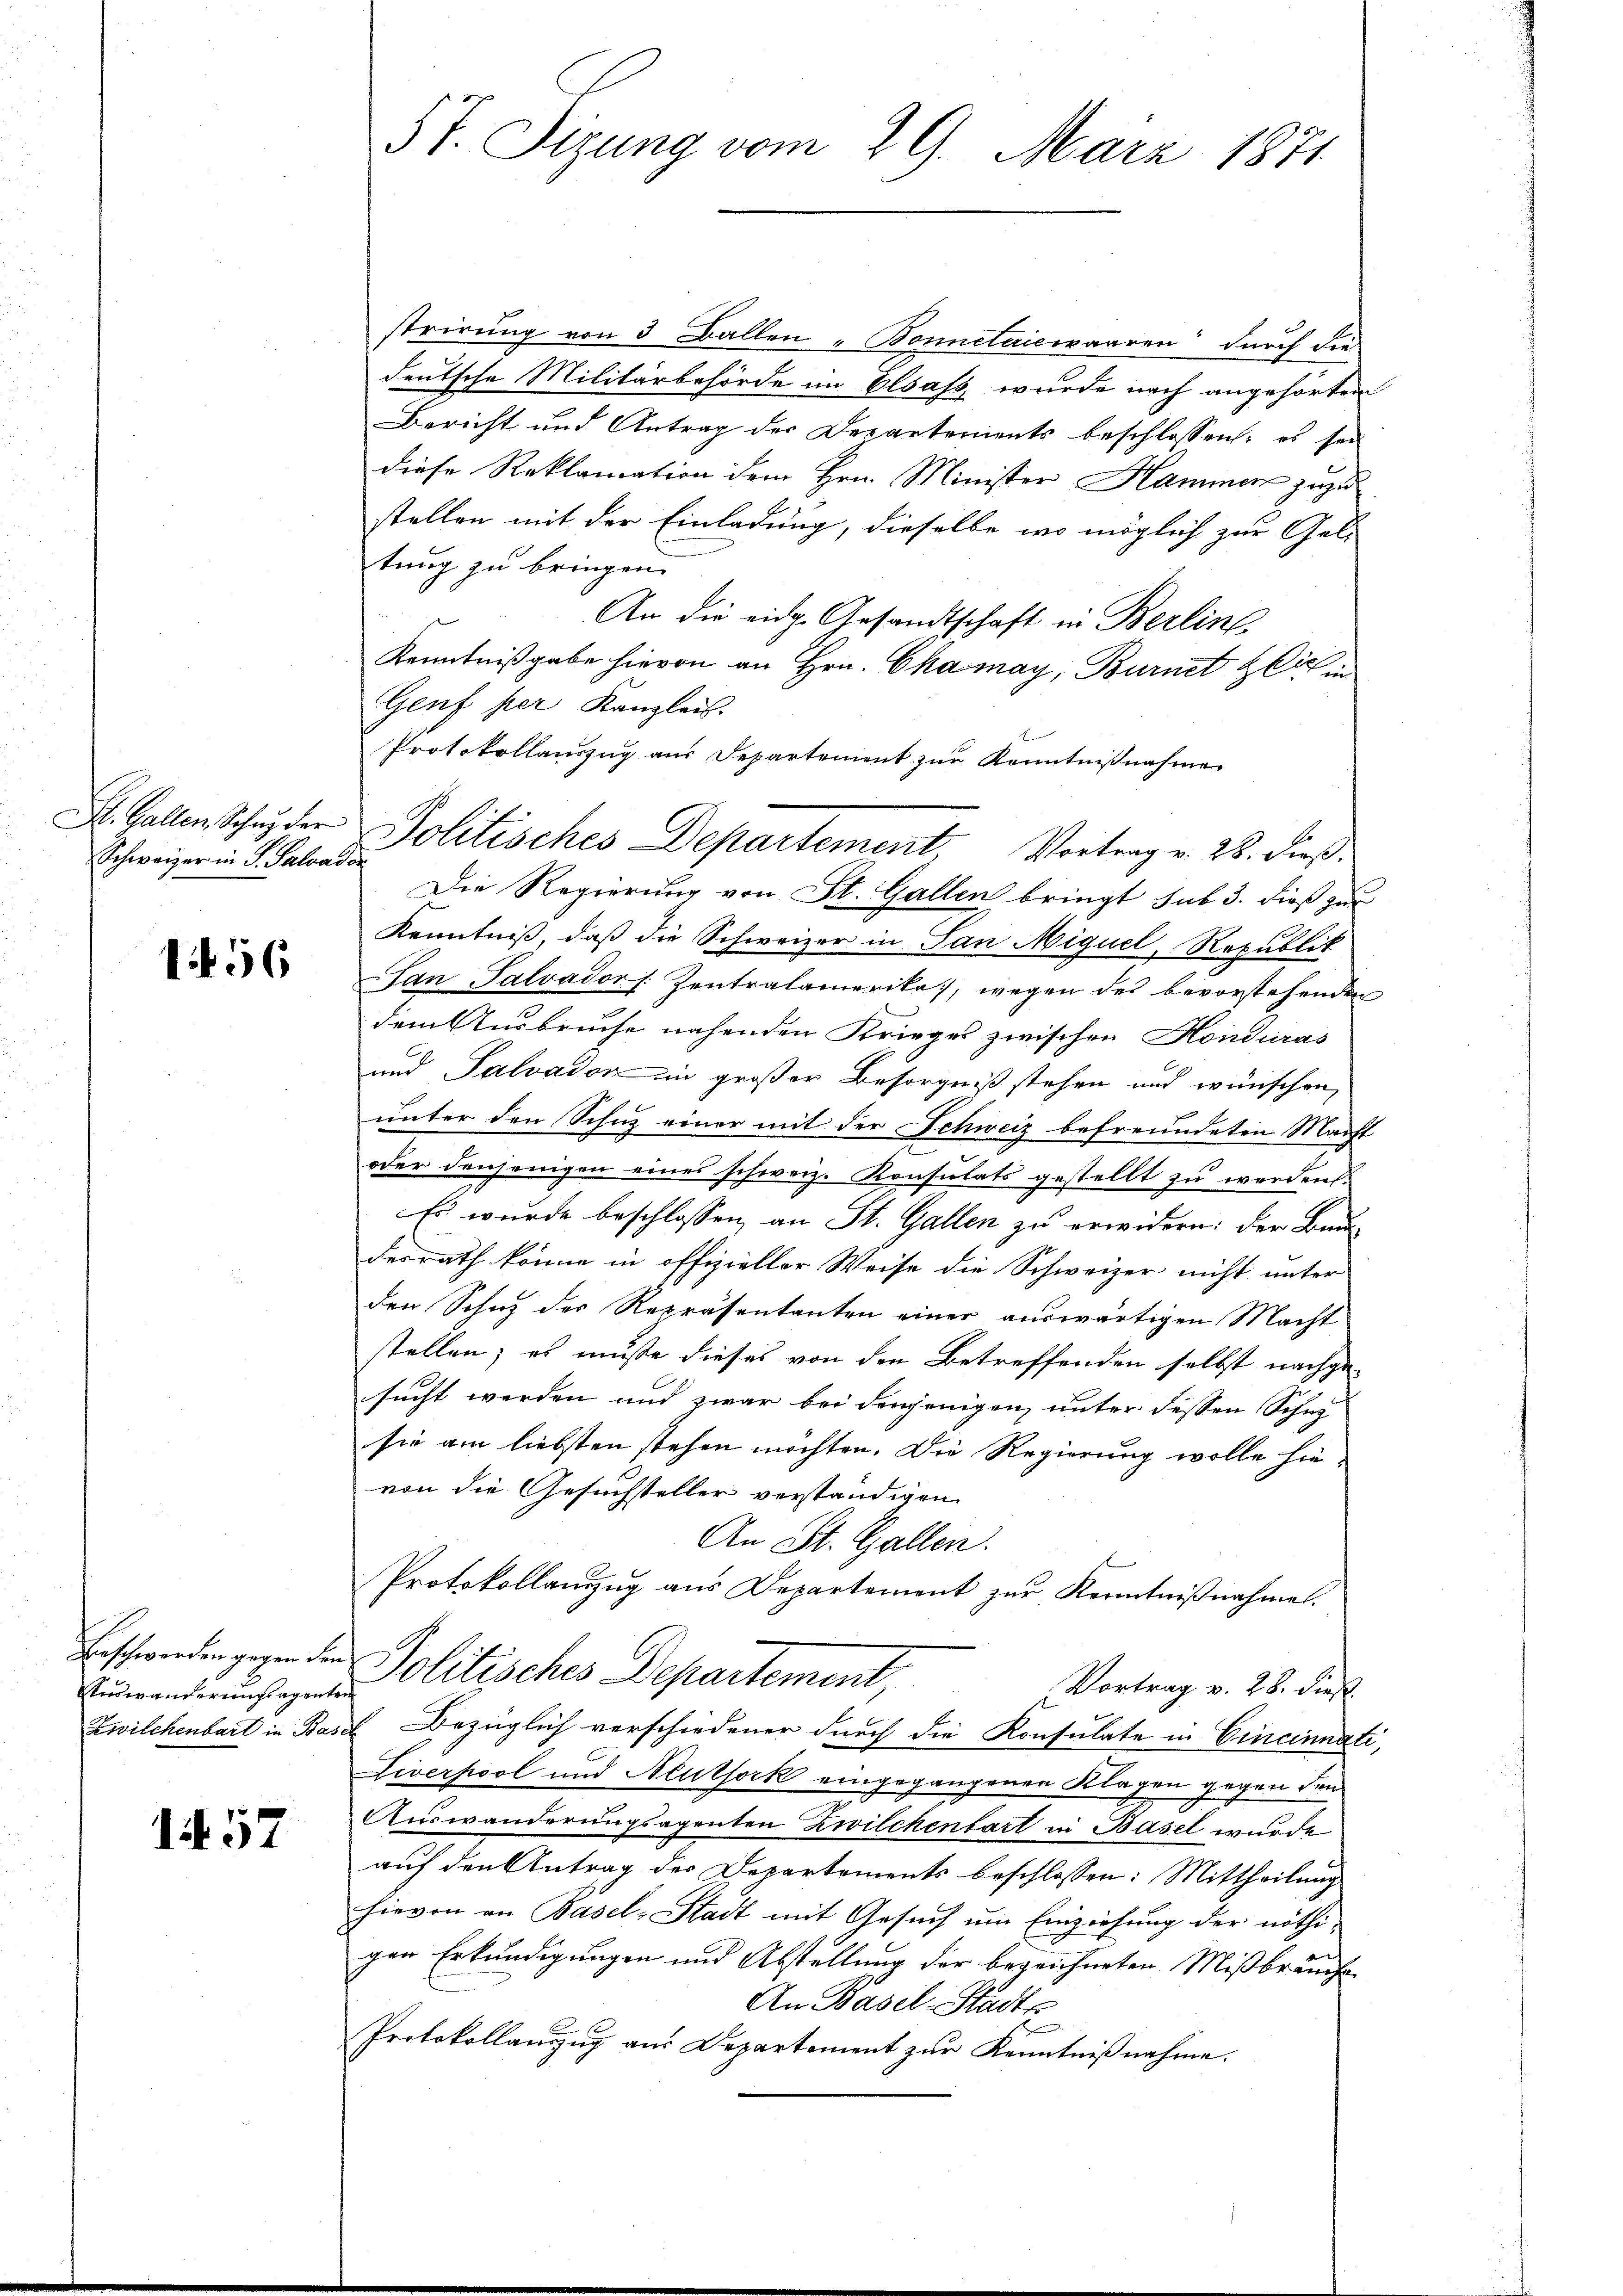
Schweizer in G. Saloador

1456

Audwänderungsagentei

1457

57. Sizung vom 29. März 1871

strirung von 3 Ballen Bonnelaicwaaren durch die
deutsche Militärbehörde im Elsass, wurde nach angehörten
Bericht und Antrag der Departements beschlossen: es sei
diese Reklamation dem Hrn. Minister Hammer zuzu
stellen mit der Einladung, dieselbe wo möglich zur Geli
tung zu bringen.
An die eidg. Gesandtschaft in Berline
Kenntnißgabe hievon an Hrn. Chamay, Burnet glichen
Genf per Kanzleis
Protokollauszug aus Departement zur Kenntnißnahme
Die Regierung von St. Gallen bringt sub 3. dieß zur
Kenntniß, daß die Schweizer in San Miguel, Republik
San Salvador [ Zentralamerika, wegen des bevorstehenden
dem Ausbruche nahenden Krieges zwischen Honduras
und Salvadon in großer Besorgniß stehen und wünschen,
unter den Schuz einer mit der Schweiz befreundeten Macht
oder denjenigen eines schweiz. Konsulats gestellt zu werden.
Es wurde beschlossen, an St. Gallen zu erwidern: der Bau
desrath könne in offizieller Weise die Schweizer nicht unter
den Schuz der Repräsentanten einer auswärtigen Macht
stellen; es müsse dieses von den Betreffenden selbst nachge-
sucht werden und zwar bei denjenigen unter dessen Schu
sie am liebsten stehen möchten. Die Regierung wolle hievon die Gesuchsteller verständigen
An St. Gallen.
Protokollauszug aus Departement zur Kenntnißnahme.
Beschwerden gegen den Politisches Departement,
Vortrag v. 28. dieß
Zwilchenbart in Basel Bezüglich verschiedener durch die Konsulate in Cincinnati,
Liverpool und Neuthork eingegangenen Klagen gegen den
Auswanderungsagenten Zwilchenbart in Basel wurde
auf den Antrag des Departements beschlossen: Mittheilung
hievon an Basel-Stadt mit Gesuch um Einziehung der nöthigen Erkundigungen und Abstellung der bezeichneten Mißbräuche.
An Basel-Stadts
Protokollanzŭg aŭs Departement zŭr Kenntniβnahme.

St. Gallen Schnyder Politisches Departement, Vortrag v. 28. dieß: